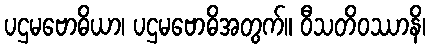
ပဌမဗောဓိယာ၊ ပဌမဗောဓိအတွက်။ ဝီသတိဝဿာနိ၊